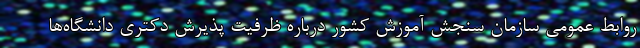
روابط عمومی سازمان سنجش آموزش کشور درباره ظرفیت پذیرش دکتری دانشگاه‌ها